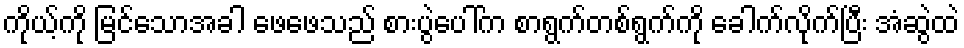
ကိုယ့်ကို မြင်သောအခါ ဖေဖေသည် စားပွဲပေါ်က စာရွက်တစ်ရွက်ကို ခေါက်လိုက်ပြီး အံဆွဲထဲ